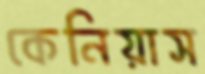
কেনিয়াস